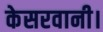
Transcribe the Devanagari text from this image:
केसरवानी।